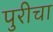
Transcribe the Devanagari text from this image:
पुरीचा